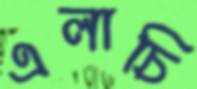
এলাচি